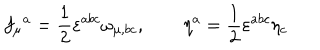
f _ { \mu } { } ^ { a } = \frac { 1 } { 2 } \varepsilon ^ { a b c } \omega _ { \mu , b c } , \qquad \eta ^ { a } = \frac { 1 } { 2 } \varepsilon ^ { a b c } \eta _ { c }